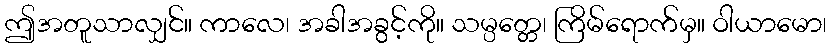
ဤအတူသာလျှင်။ ကာလေ၊ အခါအခွင့်ကို။ သမ္ပတ္တေ၊ ကြိမ်ရောက်မှ။ ဝါယာမော၊